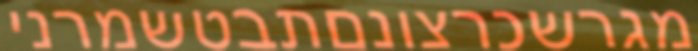
מגרשכרצונםתבטשמרני